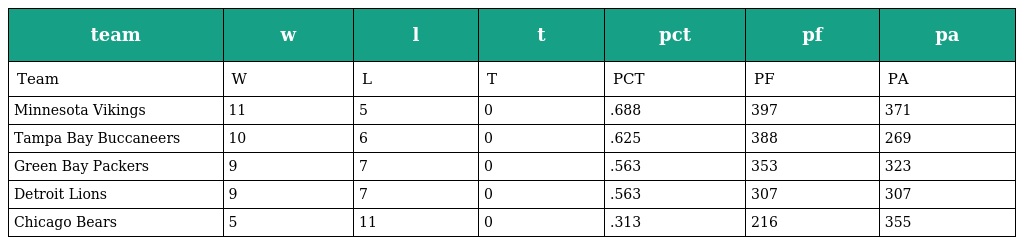
| team | w | l | t | pct | pf | pa |
 | --- | --- | --- | --- | --- | --- | --- |
 | Team | W | L | T | PCT | PF | PA |
 | Minnesota Vikings | 11 | 5 | 0 | .688 | 397 | 371 |
 | Tampa Bay Buccaneers | 10 | 6 | 0 | .625 | 388 | 269 |
 | Green Bay Packers | 9 | 7 | 0 | .563 | 353 | 323 |
 | Detroit Lions | 9 | 7 | 0 | .563 | 307 | 307 |
 | Chicago Bears | 5 | 11 | 0 | .313 | 216 | 355 |